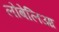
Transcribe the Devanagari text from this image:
लोबेलिआ